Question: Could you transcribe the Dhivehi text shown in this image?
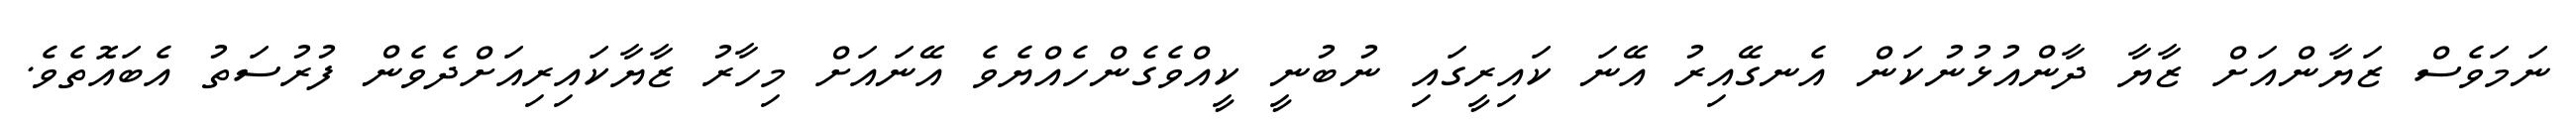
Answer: ނަމަވެސް ޒަޔާންއަށް ޒާޔާ ދާންއުޅުނުކަން އެނގޭއިރު އޭނަ ކައިރީގައި ނުބުނީ ކީއްވެގެންހެއްޔެވެ އޭނައަށް މިހާރު ޒާޔާކައިރިއަށްދެވެން ފުރުސަތު އެބައޮތެވެ.